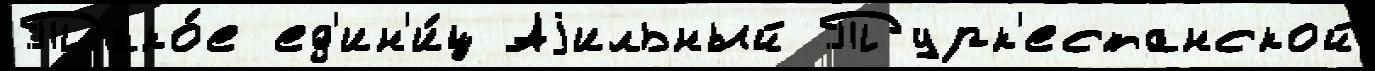
Тако́е ед'ин'и́ц Аjильный Турк'естанской